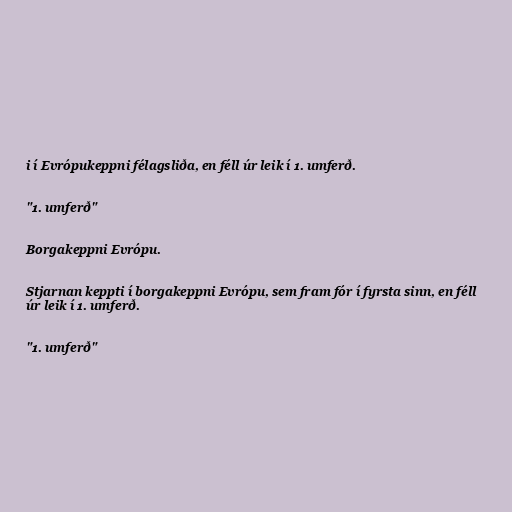
i í Evrópukeppni félagsliða, en féll úr leik í 1. umferð.

"1. umferð"

Borgakeppni Evrópu.

Stjarnan keppti í borgakeppni Evrópu, sem fram fór í fyrsta sinn, en féll
úr leik í 1. umferð.

"1. umferð"